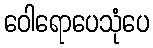
ဝေါရောပေသုံပေ